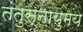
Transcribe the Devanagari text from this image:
तंतुस्नायुमय